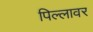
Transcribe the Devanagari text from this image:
पिल्लावर